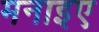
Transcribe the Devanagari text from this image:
मनाइए